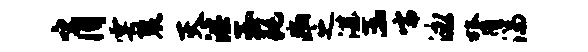
肖雩裂灭淫玉耗豳之湛蕊嚅泳膂湍